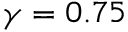
\gamma = 0 . 7 5